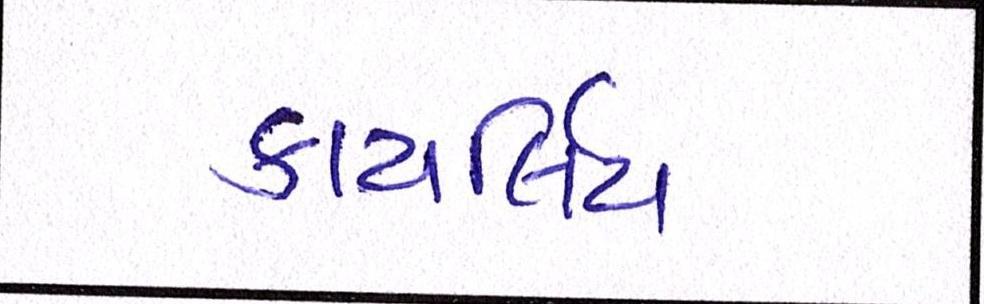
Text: કાયર્લિય